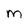
Character: m